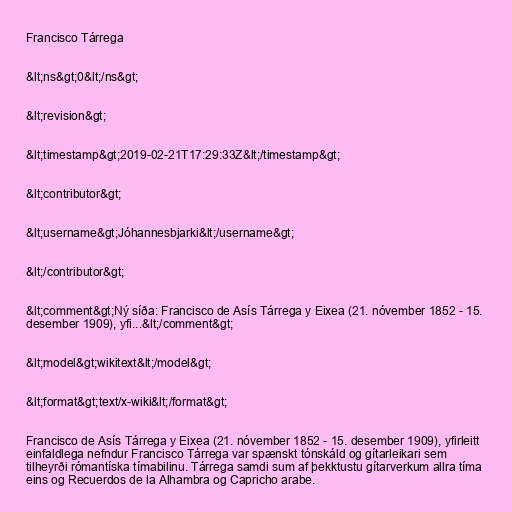
Francisco Tárrega

&lt;ns&gt;0&lt;/ns&gt;

&lt;revision&gt;

&lt;timestamp&gt;2019-02-21T17:29:33Z&lt;/timestamp&gt;

&lt;contributor&gt;

&lt;username&gt;Jóhannesbjarki&lt;/username&gt;

&lt;/contributor&gt;

&lt;comment&gt;Ný síða: Francisco de Asís Tárrega y Eixea (21. nóvember 1852 - 15.
desember 1909), yfi...&lt;/comment&gt;

&lt;model&gt;wikitext&lt;/model&gt;

&lt;format&gt;text/x-wiki&lt;/format&gt;

Francisco de Asís Tárrega y Eixea (21. nóvember 1852 - 15. desember 1909), yfirleitt
einfaldlega nefndur Francisco Tárrega var spænskt tónskáld og gítarleikari sem
tilheyrði rómantíska tímabilinu. Tárrega samdi sum af þekktustu gítarverkum allra tíma
eins og Recuerdos de la Alhambra og Capricho arabe.